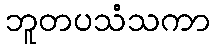
ဘူတပသံသကာ